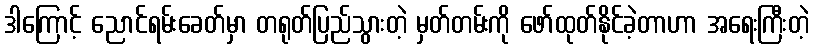
ဒါကြောင့် ညောင်ရမ်းခေတ်မှာ တရုတ်ပြည်သွားတဲ့ မှတ်တမ်းကို ဖော်ထုတ်နိုင်ခဲ့တာဟာ အရေးကြီးတဲ့